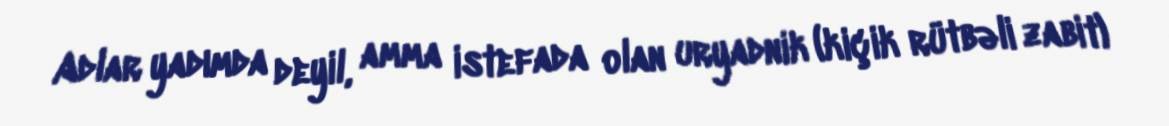
Adlar yadımda deyil, amma istefada olan uryadnik (kiçik rütbəli zabit)